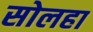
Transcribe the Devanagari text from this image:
सोलहा